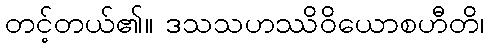
တင့်တယ်၏။ ဒသသဟဿိဝိယောစဟီတိ၊